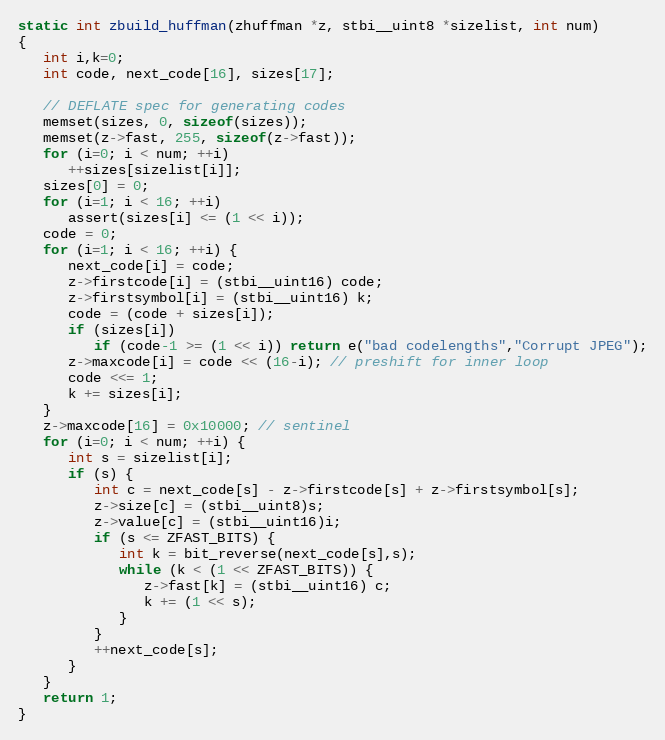
Language: C
static int zbuild_huffman(zhuffman *z, stbi__uint8 *sizelist, int num)
{
   int i,k=0;
   int code, next_code[16], sizes[17];

   // DEFLATE spec for generating codes
   memset(sizes, 0, sizeof(sizes));
   memset(z->fast, 255, sizeof(z->fast));
   for (i=0; i < num; ++i)
      ++sizes[sizelist[i]];
   sizes[0] = 0;
   for (i=1; i < 16; ++i)
      assert(sizes[i] <= (1 << i));
   code = 0;
   for (i=1; i < 16; ++i) {
      next_code[i] = code;
      z->firstcode[i] = (stbi__uint16) code;
      z->firstsymbol[i] = (stbi__uint16) k;
      code = (code + sizes[i]);
      if (sizes[i])
         if (code-1 >= (1 << i)) return e("bad codelengths","Corrupt JPEG");
      z->maxcode[i] = code << (16-i); // preshift for inner loop
      code <<= 1;
      k += sizes[i];
   }
   z->maxcode[16] = 0x10000; // sentinel
   for (i=0; i < num; ++i) {
      int s = sizelist[i];
      if (s) {
         int c = next_code[s] - z->firstcode[s] + z->firstsymbol[s];
         z->size[c] = (stbi__uint8)s;
         z->value[c] = (stbi__uint16)i;
         if (s <= ZFAST_BITS) {
            int k = bit_reverse(next_code[s],s);
            while (k < (1 << ZFAST_BITS)) {
               z->fast[k] = (stbi__uint16) c;
               k += (1 << s);
            }
         }
         ++next_code[s];
      }
   }
   return 1;
}